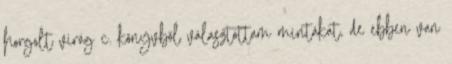
horgolt virág c. könyvből választottam mintákat, de ebben van